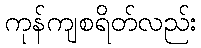
ကုန်ကျစရိတ်လည်း